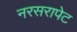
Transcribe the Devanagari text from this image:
नरसरापेट